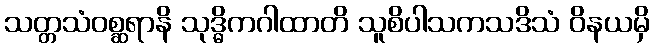
သတ္တသံဝစ္ဆရာနိ သုဒ္ဓိကဂါထာတိ သူစိပါသကသဒိသံ ဝိနယမှိ